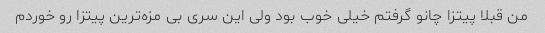
من قبلا پیتزا چانو گرفتم خیلی خوب بود ولی این سری بی مزه‌ترین پیتزا رو خوردم